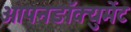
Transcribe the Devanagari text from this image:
ओपनडॉक्युमेंट